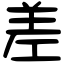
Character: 差